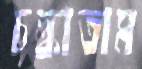
চল্‌কাতাম